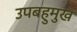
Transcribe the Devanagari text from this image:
उपबहुमुख